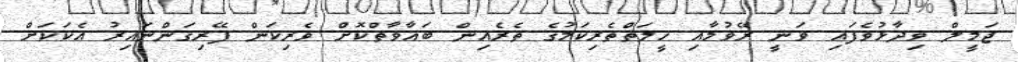
ޖަމީލް ވިދާޅުވެފައި ވަނީ ރޭވުމާއި ހީލަތްތެރިކަމުގެ ތެރެއިން ބަޣާވާތްކޮށް ވެރިކަން ފޭރިގަންނައިރު އެކަކަށް